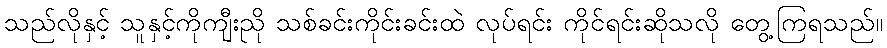
သည်လိုနှင့် သူနှင့်ကိုကျီးညို သစ်ခင်းကိုင်းခင်းထဲ လုပ်ရင်း ကိုင်ရင်းဆိုသလို တွေ့ကြရသည်။